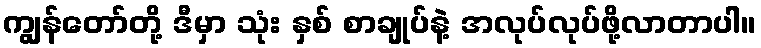
ကျွန်တော်တို့ ဒီမှာ သုံး နှစ် စာချုပ်နဲ့ အလုပ်လုပ်ဖို့လာတာပါ။